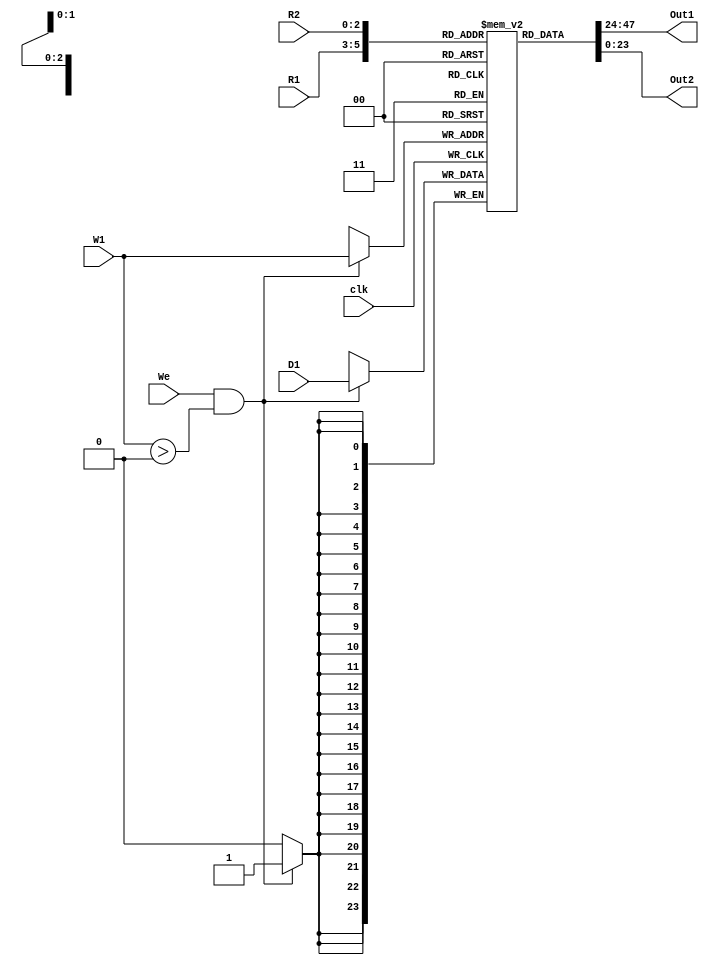
module registerFile(R1,R2,W1,D1,We,Out1,Out2,clk);
	input [2:0] R1,R2;
	input [2:0] W1;
	input We;
	input clk;
	input [23:0] D1; 
	output reg [23:0] Out1,Out2;																								 
	
	reg [23:0] rf[7:0];
	
	initial begin
		rf[0]=0;
		rf[1]=0;
		rf[2]=0;
		rf[3]=0;
		rf[4]=0;								 
		rf[5]=0;
		rf[6]=0;
		rf[7]=0;
	end

	assign	Out1 = rf[R1];
	assign	Out2 = rf[R2];
	
	always@(posedge clk) begin
		if (We && W1>0) rf[W1] <= D1;			

	end

endmodule